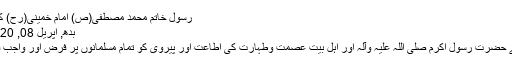
رسول خاتم محمد مصطفی(ص) امام خمینی(رح) کے کلام میں
بدھ, اپریل 08, 2020 05:32
اللہ تعالی نے حضرت رسول اکرم صلی اللہ علیہ وآلہ اور اہل بیت عصمت وطہارت کی اطاعت اور پیروی کو تمام مسلمانوں پر فرض اور واجب قرار دیا ہے۔